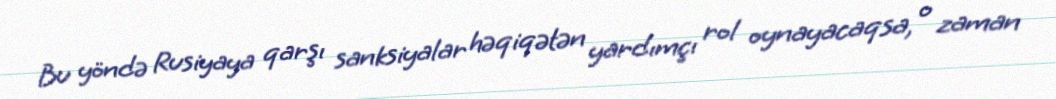
Bu yöndə Rusiyaya qarşı sanksiyalar həqiqətən yardımçı rol oynayacaqsa, o zaman